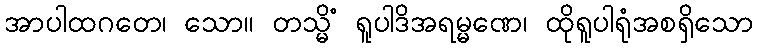
အာပါထဂတေ၊ သော။ တသ္မိံ ရူပါဒိအရမ္မဏေ၊ ထိုရူပါရုံအစရှိသော